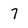
Character: 7